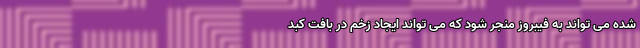
شده می تواند به فیبروز منجر شود که می تواند ایجاد زخم در بافت کبد